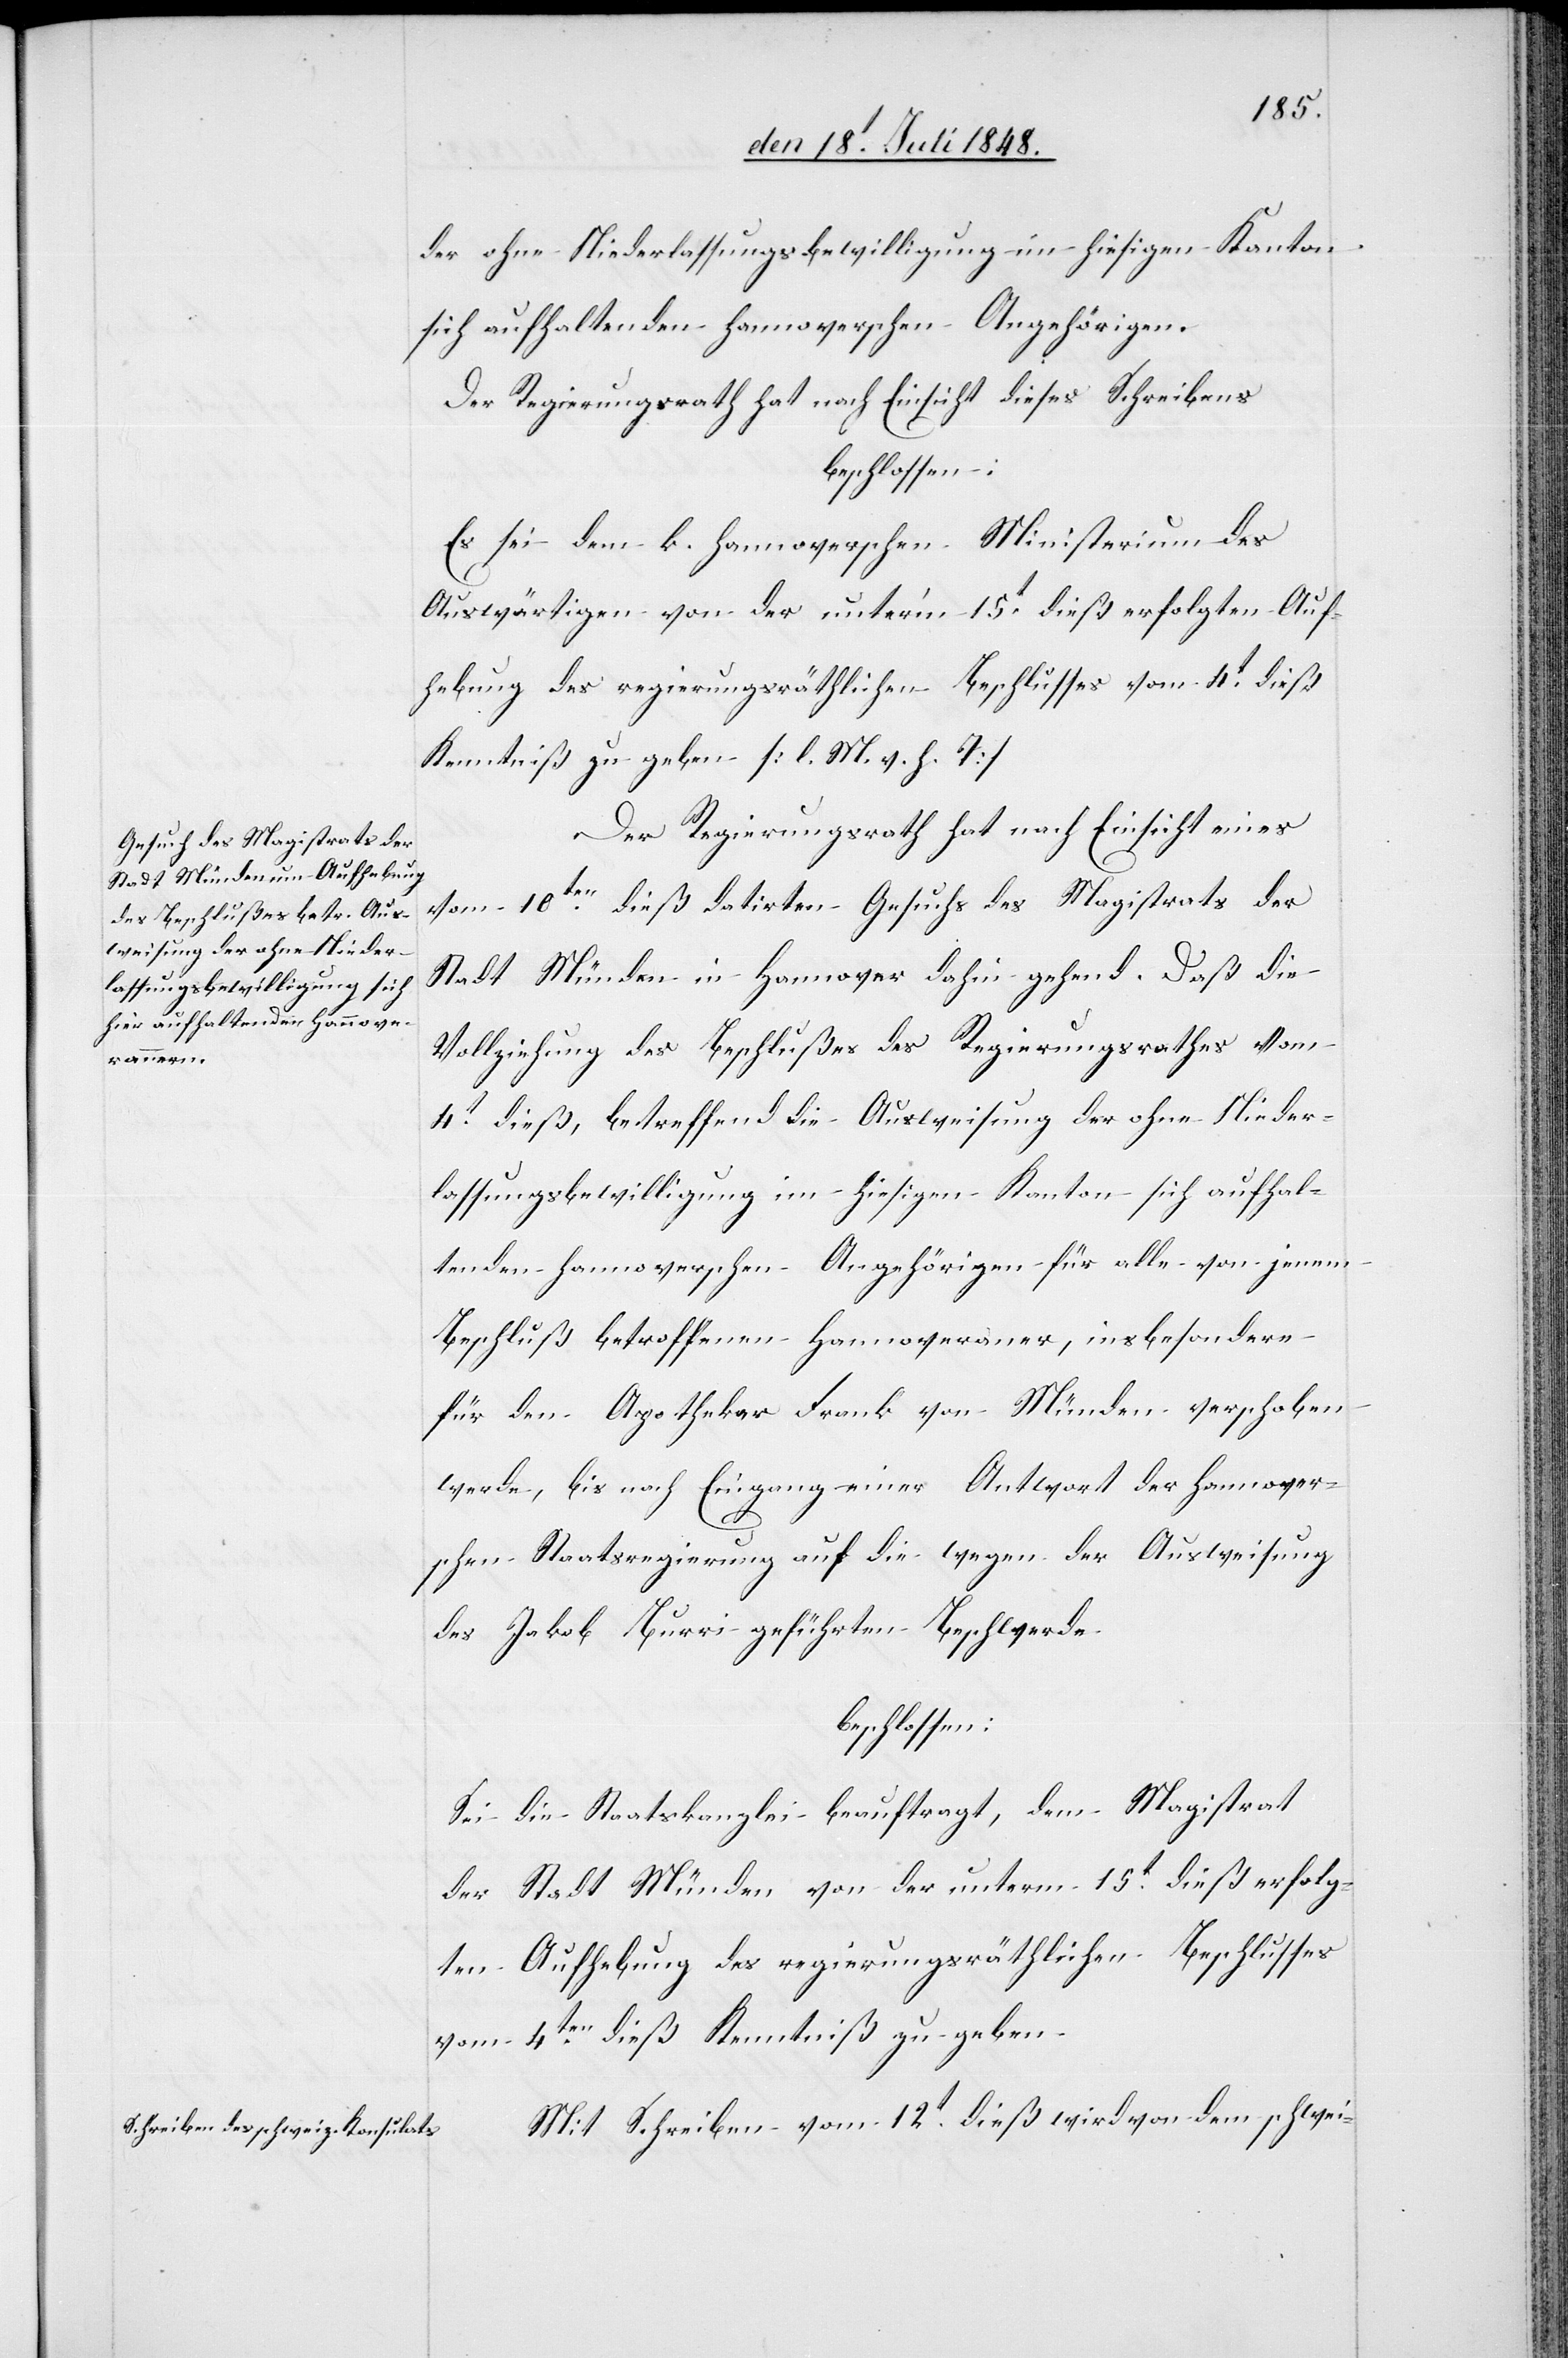
der ohne Niederlassungsbewilligung im hiesigen Kanton
sich aufhaltenden Hannoverschen Angehörigen.
Der Regierungsrath hat nach Einsicht dieses Schreibens
beschlossen:
Es sei dem k. hannoverschen Ministerium des
Auswärtigen von der unter’m 15t dieß erfolgten Auf¬
hebung des regierungsräthlichen Beschlusses vom 4t dieß
Kenntniß zu geben. [l. M. v. h. T]
Der Regierungsrath hat nach Einsicht eines
vom 10ten dieß datirten Gesuchs des Magistrats der
Stadt Münden in Hannover dahin gehend. Daß die
Vollziehung des Beschlußes des Regierungsrathes vom
4t dieß, betreffend die Ausweisung der ohne Nieder¬
lassungsbewilligung im hiesigen Kanton sich aufhal¬
tenden hannoverschen Angehörigen für alle von jenem
Beschluß betroffenen Hannoveraner, insbesondere
für den Apotheker Frank von Münden verschoben
werde, bis nach Eingang einer Antwort der hannover¬
schen Staatsregierung auf die wegen der Ausweisung
des Jakob Burri geführten Beschwerde.
beschlossen:
Sei die Staatskanzlei beauftragt, dem Magistrat
der Stadt Münden von der unterm 15t dieß erfolg¬
ten Aufhebung des regierungsräthlichen Beschlusses
vom 4ten dieß Kenntniß zu geben.
Mit Schreiben vom 12t dieß wird von dem schwei-